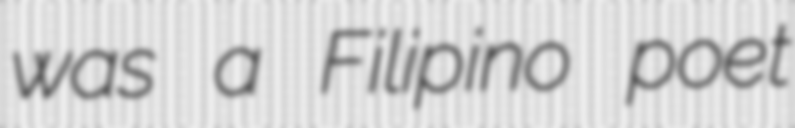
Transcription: was a Filipino poet